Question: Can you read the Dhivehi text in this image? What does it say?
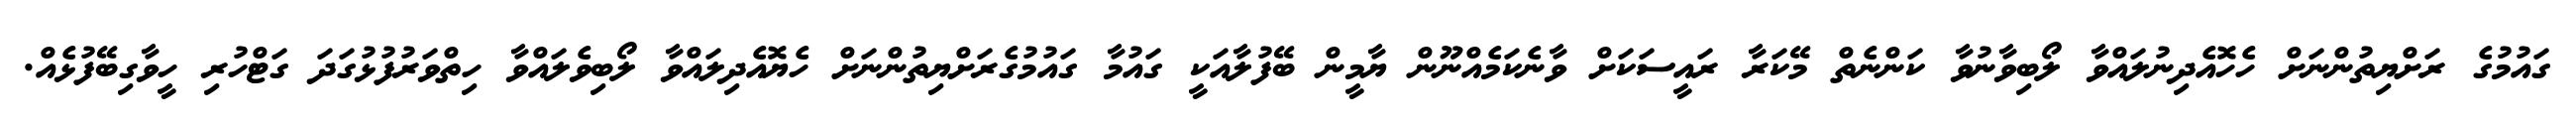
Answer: ގައުމުގެ ރަށްޔިތުންނަށް ހެހޮއެދިނުލައްވާ ލޯބިވާނުވާ ކަންނެތް މޭކަރާ ރައީސަކަށް ވާނެކަމެއްނޫން ޔާމީން ބޭފުލާއަކީ ގައުމާ ގައުމުގެރަށްޔިތުންނަށް ހެޔޮއެދިލައްވާ ލޯބިވެލައްވާ ހިތްވަރުފުޅުގަދަ ގަޓްހުރި ހީވާގިބޭފުޅެއް.